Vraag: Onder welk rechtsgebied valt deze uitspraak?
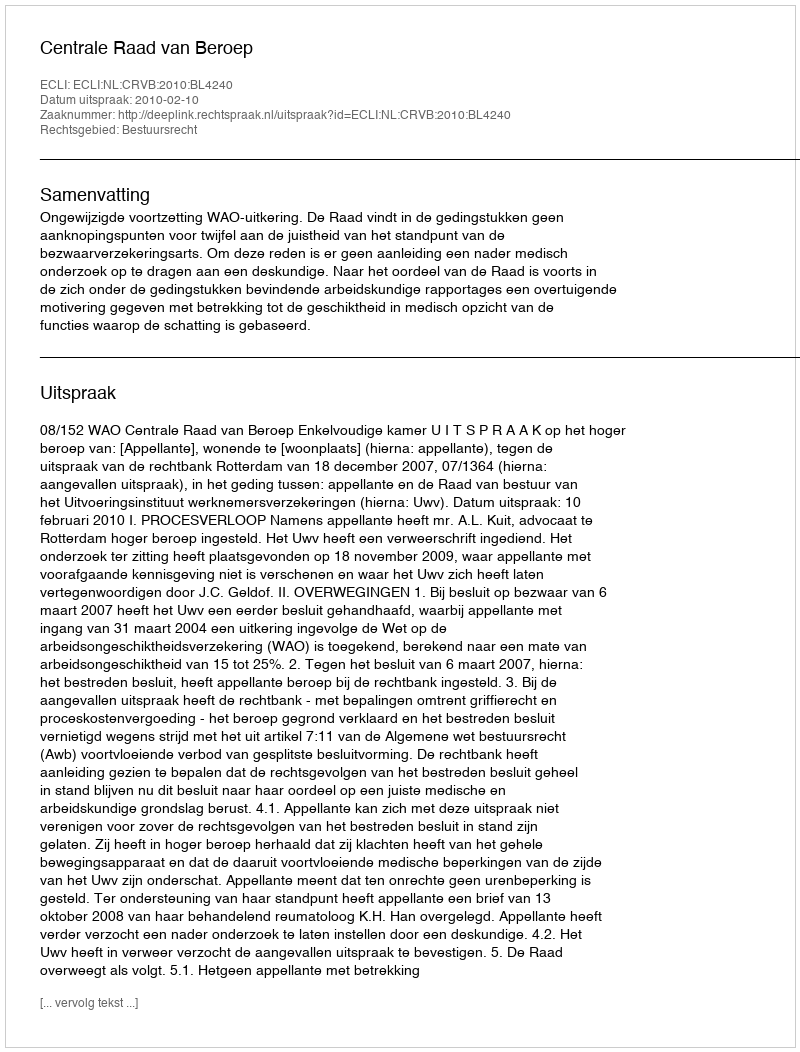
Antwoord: Bestuursrecht